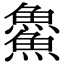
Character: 𩺰